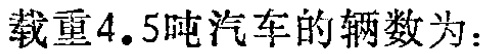
载重4.5吨汽车的辆数为：